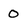
Character: 0